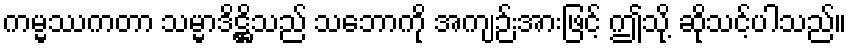
ကမ္မဿကတာ သမ္မာဒိဋ္ဌိသည် သဘောကို အကျဉ်းအားဖြင့် ဤသို့ ဆိုသင့်ပါသည်။